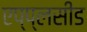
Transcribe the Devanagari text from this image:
एप्प्लसीड